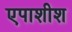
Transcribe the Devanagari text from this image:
एपाशीश